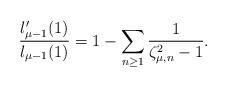
LaTeX: \begin{align*}\frac{l_{\mu-1}'(1)}{l_{\mu-1}(1)}=1-\sum_{n\geq 1}\frac{1}{\zeta_{\mu,n}^2-1}.\end{align*}